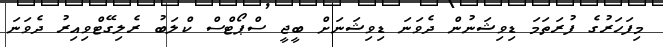
މިފަހަރުގެ ފުރަތަމަ ޑިވިޝަނުން ދެވަނަ ޑިވިޝަނަށް ބީޖީ ސްޕޯޓްސް ކްލަބު ރެލިގޭޓްވިއިރު ދެވަނަ